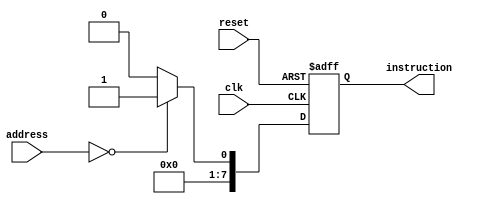
module InstructionMemory (
    input wire clk,
    input wire reset,
    input wire [7:0] address,
    output reg [7:0] instruction
);

// Always block to read instruction from memory
always @(posedge clk or posedge reset) begin
    if (reset) begin
        // Reset instruction memory
        instruction <= 8'h00; // Reset instruction to 0
    end else begin
        // Simulate reading instruction from memory based on address
        // In real implementation, this would read from actual memory
        case(address)
            8'h00: instruction <= 8'h01; // Example: Load instruction 01 for address 00
            // Add more cases for other addresses as needed
            default: instruction <= 8'h00; // Default case
        endcase
    end
end

endmodule